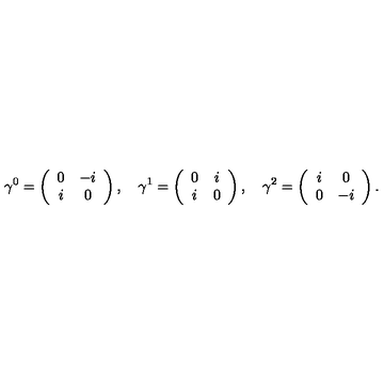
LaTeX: \gamma ^ { 0 } = \left( \begin{array} { c c } { 0 } & { { - i } } \\ { i } & { { 0 } } \\ \end{array} \right) , \quad \gamma ^ { 1 } = \left( \begin{array} { c c } { 0 } & { { i } } \\ { i } & { { 0 } } \\ \end{array} \right) , \quad \gamma ^ { 2 } = \left( \begin{array} { c c } { i } & { { 0 } } \\ { 0 } & { { - i } } \\ \end{array} \right) .